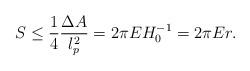
LaTeX: \begin{align*}S\leq \frac{1}{4}\frac{\Delta A}{l_{p}^{2}}=2\pi EH_{0}^{-1}=2\pi Er.\end{align*}